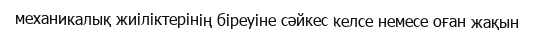
механикалық жиіліктерінің біреуіне сәйкес келсе немесе оған жақын